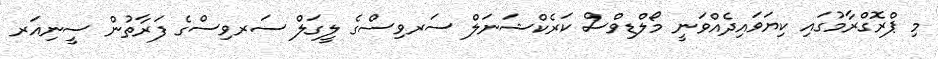
މި ޕްރޮގްރާމުގައި ކިޔަވައިދެއްވަނީ މޯލްޑިވްސް ކަރެކްޝަނަލް ސަރވިސްގެ ލީގަލް ސަރވިސްގެ ފަރާތުން ސީނިއަރ